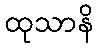
ထုသာနိ